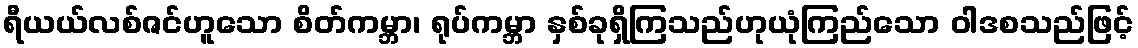
ရီယယ်လစ်ဇင်ဟူသော စိတ်ကမ္ဘာ၊ ရုပ်ကမ္ဘာ နှစ်ခုရှိကြသည်ဟုယုံကြည်သော ဝါဒစသည်ဖြင့်